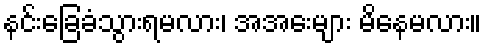
နင်းခြေခံသွားရမလား၊ အအေးများ မိနေမလား။